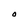
Character: O